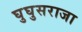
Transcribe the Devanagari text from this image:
घुघुसराजा